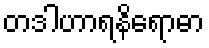
တဒါဟာရနိရောဓာ